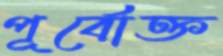
পূর্বোক্ত